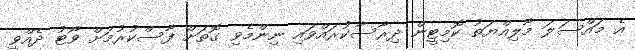
އެ މައްސަލަ މާލިއްޔަތު ކޮމިޓީން ދިރާސާކުރައްވައި ނިންމެވި ގޮތަށް ފާސްކުރުމަށް ވޯޓު ދެއްވީ